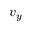
v _ { y }